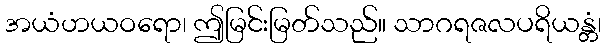
အယံဟယဝရော၊ ဤမြင်းမြတ်သည်။ သာဂရဇလပရိယန္တံ၊